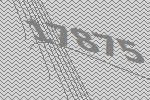
17875